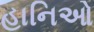
હાનિઓ